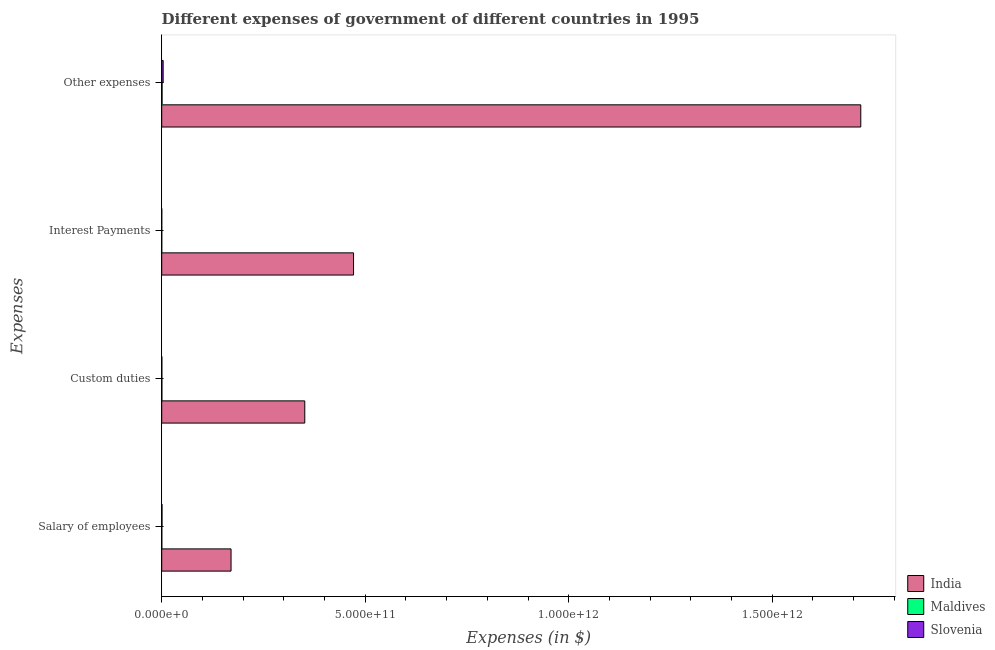
| Expenses | India | Maldives | Slovenia |
 | --- | --- | --- | --- |
 | Salary of employees | 1.7e+11 | 2.32e+08 | 7.3e+08 |
 | Custom duties | 3.51e+11 | 4.1e+08 | 3.26e+08 |
 | Interest Payments | 4.71e+11 | 7.65e+07 | 1.04e+08 |
 | Other expenses | 1.72e+12 | 8.78e+08 | 3.53e+09 |